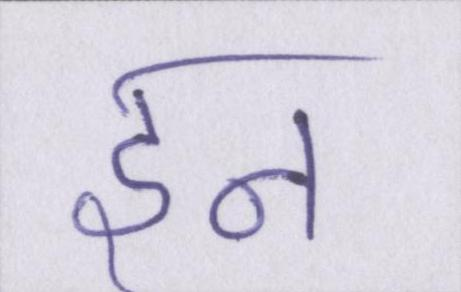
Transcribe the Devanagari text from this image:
इन